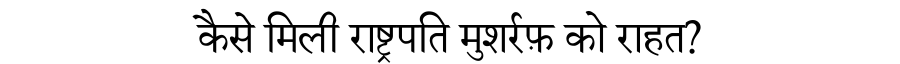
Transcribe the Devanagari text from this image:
कैसे मिली राष्ट्रपति मुशर्रफ़ को राहत?